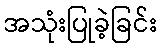
အသုံးပြုခဲ့ခြင်း